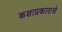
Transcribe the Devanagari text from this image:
कशाप्रकाराचे